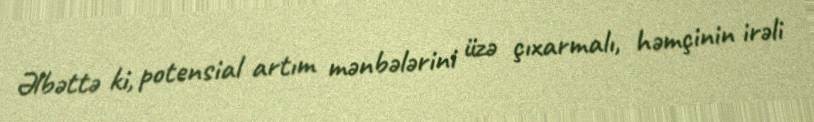
Əlbəttə ki, potensial artım mənbələrini üzə çıxarmalı, həmçinin irəli